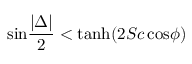
\mathrm { s i n } { \frac { | \Delta | } { 2 } } < \mathrm { t a n h } ( 2 S c \, \mathrm { c o s } \phi )